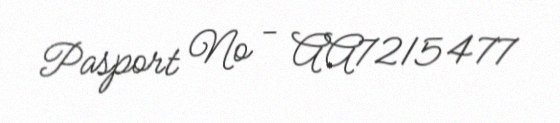
Pasport № - AA7215477